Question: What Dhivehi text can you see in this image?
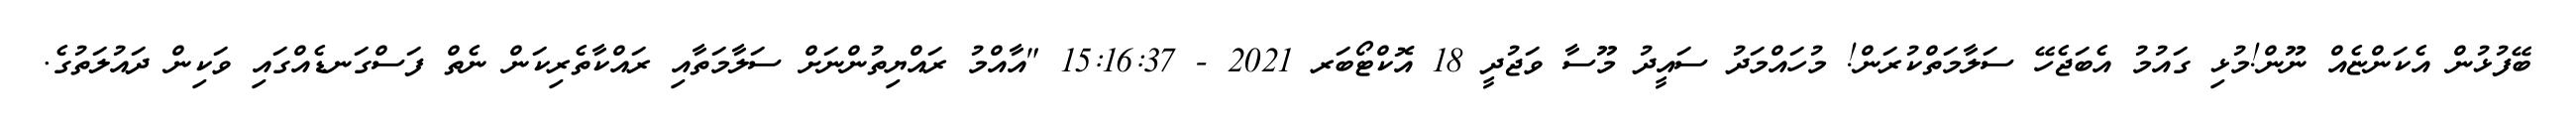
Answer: ބޭފުޅުން އެކަންޏެއް ނޫން!މުޅި ގައުމު އެބަޖެހޭ ސަލާމަތްކުރަން! މުހައްމަދު ސައީދު މޫސާ ވަޖުދީ 18 އޮކްޓޯބަރ 2021 - 15:16:37 "އާއްމު ރައްޔިތުންނަށް ސަލާމަތާއި ރައްކާތެރިކަން ނެތް ފަސްގަނޑެއްގައި ވަކިން ދައުލަތުގެ.